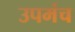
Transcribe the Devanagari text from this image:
उपमंच